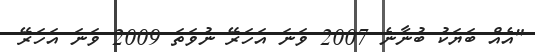
"އެއް ބަޔަކު ބުނާނެ 2007 ވަނަ އަހަރޭ ނުވަތަ 2009 ވަނަ އަހަރޭ